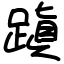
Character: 蹎